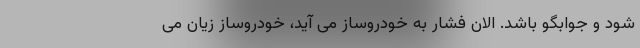
شود و جوابگو باشد. الان فشار به خودروساز می آید، ‌خودروساز زیان می